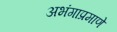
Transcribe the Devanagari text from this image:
अभंगाप्रमाणे